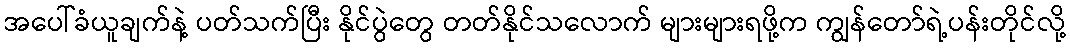
အပေါ်ခံယူချက်နဲ့ ပတ်သက်ပြီး နိုင်ပွဲတွေ တတ်နိုင်သလောက် များများရဖို့က ကျွန်တော်ရဲ့ပန်းတိုင်လို့